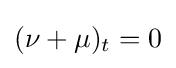
(\nu +\mu )_{t}=0